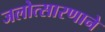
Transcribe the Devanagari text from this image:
जलोत्सारणाने